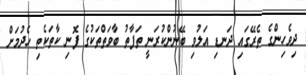
ދިވެހިންގެ ތެރޭގައި ދަނޑި އަލުވި ބޭނުންކުރަނީ ތަފާތު ބާވަތްތަކުގެ ފޮނި ކާތަކެތި ހެދުމަށް